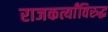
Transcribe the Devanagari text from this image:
राजकर्त्यांविरुद्ध